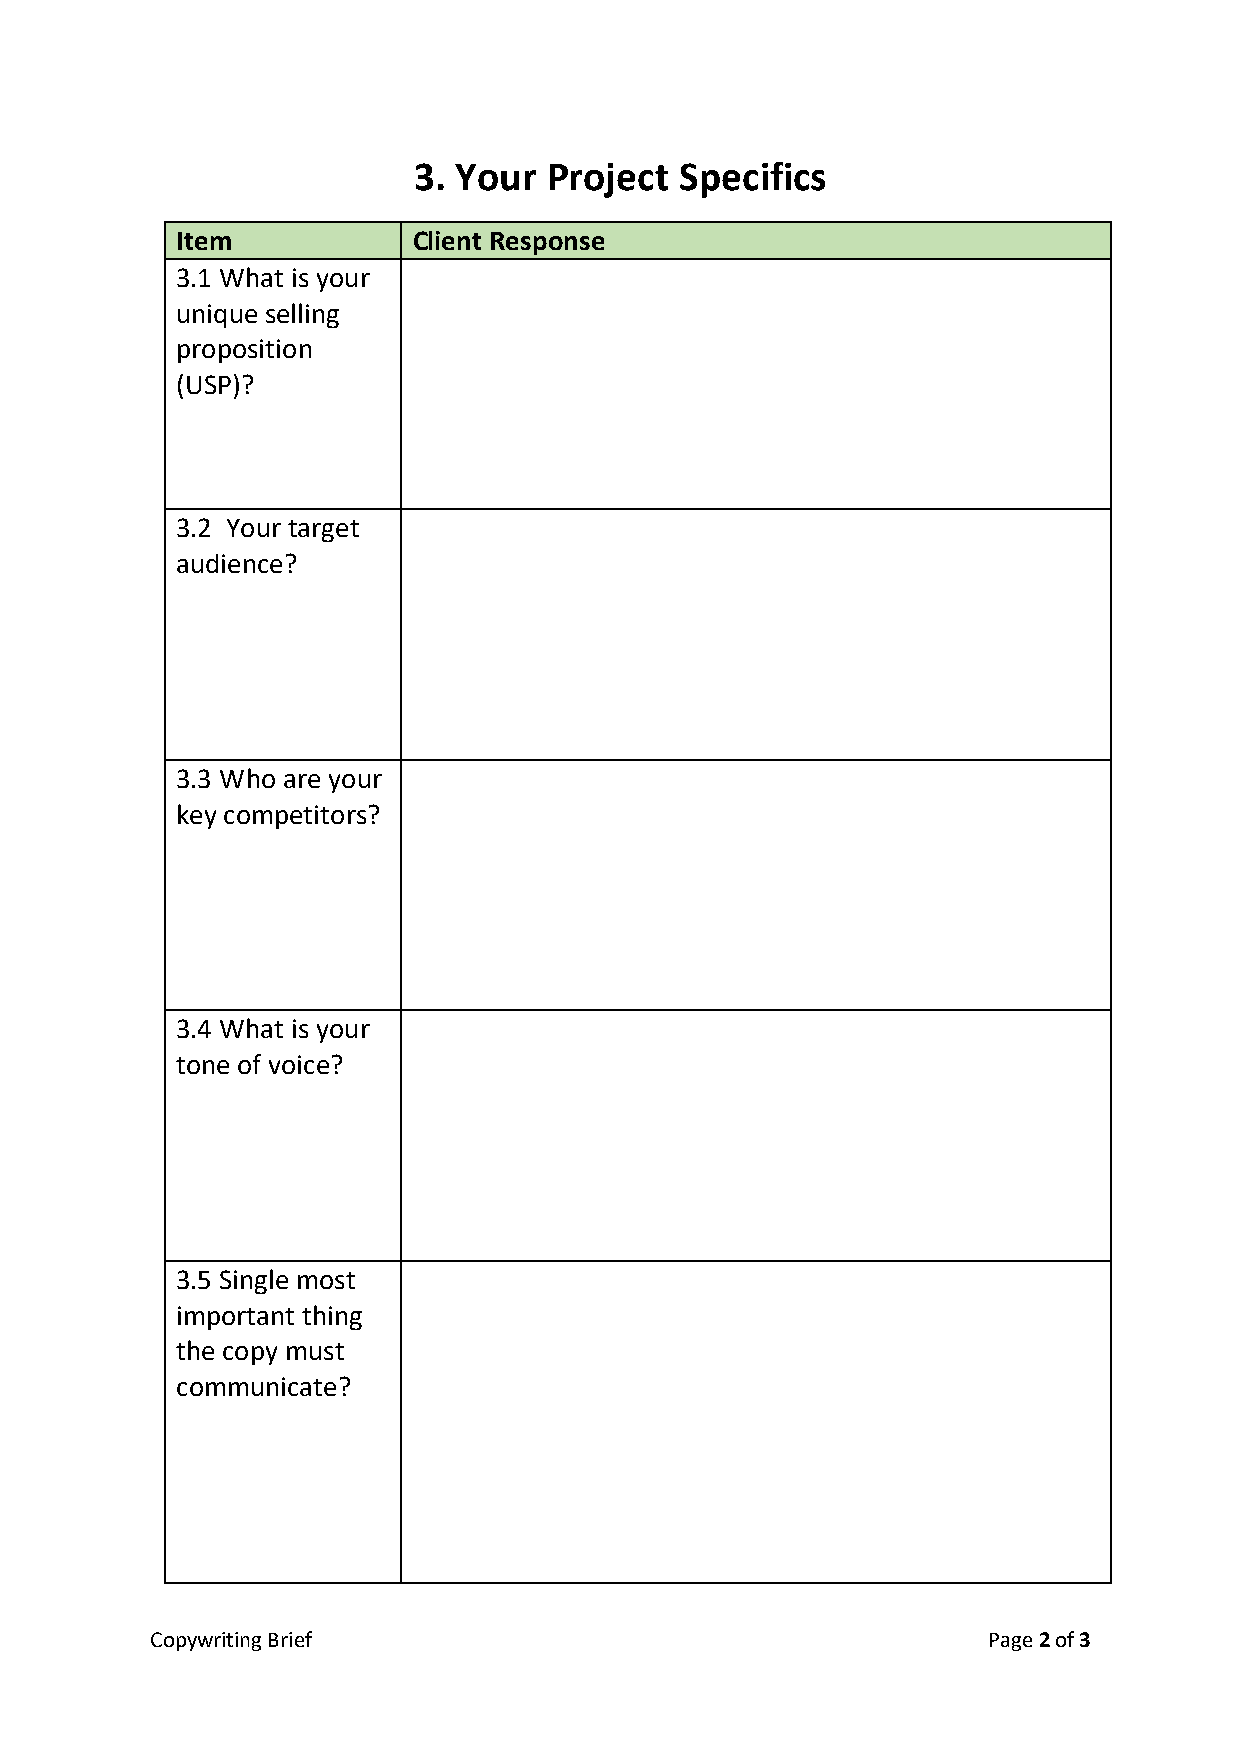
3. Your  Project  Specifics
 Item           Client Response
 3.1 What is your
 unique selling
 proposition
 (USP)?
 3.2 Your target
 audience?
 3.3 Who are your
 key competitors?
 3.4 What is your
 tone of voice?
 3.5 Single most
 important thing
 the copy must
 communicate?
 Copywriting Brief                                      Page 2 of 3